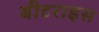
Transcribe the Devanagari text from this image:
बीटराइस